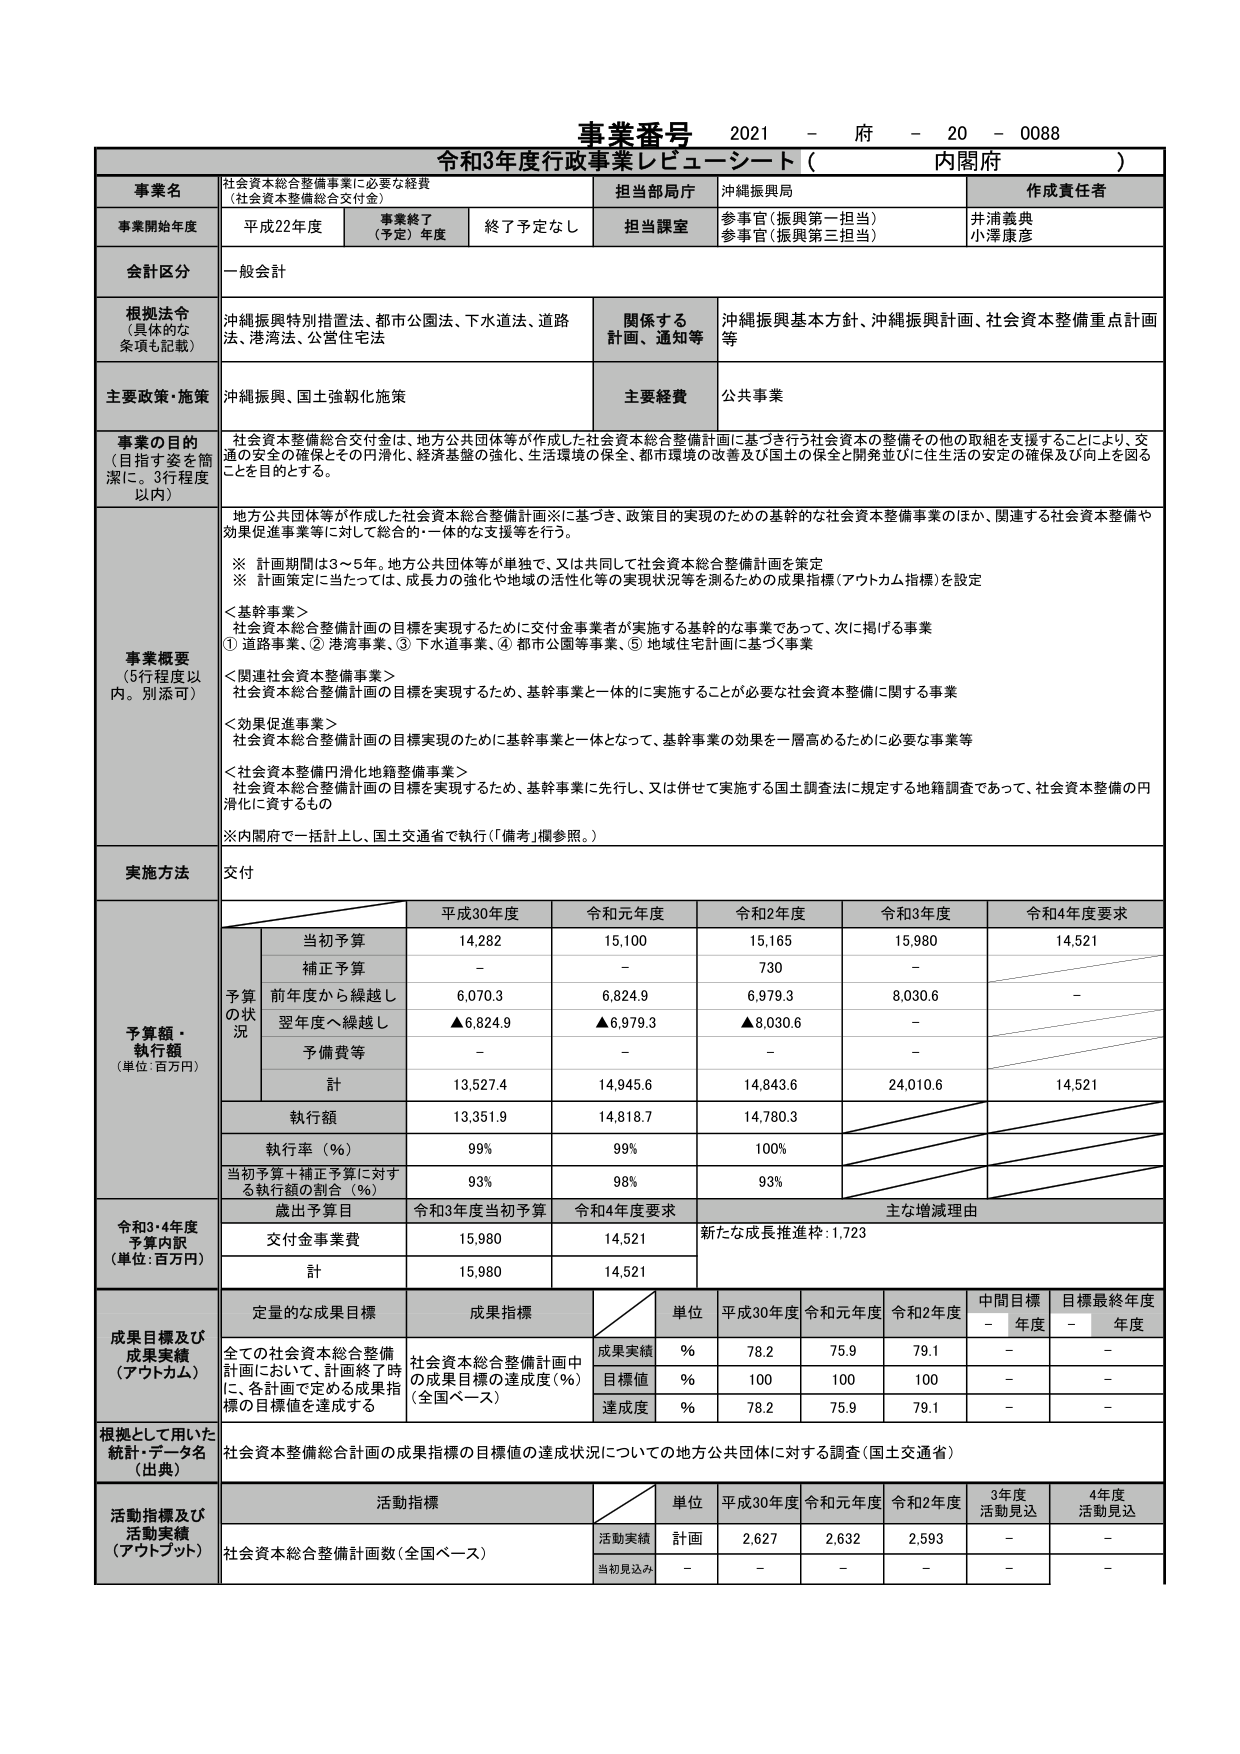
事業番号 2021 - 府 - 20 - 0088
令和3年度行政事業レビュー・シート（ 内閣府 ）

事業名
社会資本総合整備事業に必要な経費
（社会資本整備総合交付金）

担当部局庁
沖縄振興局

作成責任者
井浦義典
小澤康彦

事業開始年度
平成22年度
事業終了（予定）年度
終了予定なし
担当課室
参事官（振興第一担当）
参事官（振興第三担当）

会計区分
一般会計

根拠法令（具体的な条項も記載）
沖縄振興特別措置法、都市公園法、下水道法、道路法、港湾法、公営住宅法

関係する計画、通知等
沖縄振興基本方針、沖縄振興計画、社会資本整備重点計画等

主要政策・施策
沖縄振興、国土強靭化施策

主要経費
公共事業

事業の目的（目指す姿を簡潔に。3行程度以内）
社会資本整備総合交付金は、地方公共団体等が作成した社会資本総合整備計画に基づき行う社会資本の整備その他の取組を支援することにより、交通の安全の確保とその円滑化、経済基盤の強化、生活環境の保全、都市環境の改善及び国土の保全と開発並びに住生活の安定の確保及び向上を図ることを目的とする。

事業概要（5行程度以内。別添可）
地方公共団体等が作成した社会資本総合整備計画※に基づき、政策目的実現のための基幹的な社会資本整備事業のほか、関連する社会資本整備や効果促進事業等に対して総合的・一体的な支援等を行う。

※ 計画期間は3～5年。地方公共団体等が単独で、又は共同して社会資本総合整備計画を策定
※ 計画策定に当たっては、成長力の強化や地域の活性化等の実現状況等を測るための成果指標（アウトカム指標）を設定

＜基幹事業＞
社会資本総合整備計画の目標を実現するために交付金事業者が実施する基幹的な事業であって、次に掲げる事業
① 道路事業、② 港湾事業、③ 下水道事業、④ 都市公園等事業、⑤ 地域住宅計画に基づく事業

＜関連社会資本整備事業＞
社会資本総合整備計画の目標を実現するため、基幹事業と一体的に実施することが必要な社会資本整備に関する事業

＜効果促進事業＞
社会資本総合整備計画の目標実現のために基幹事業と一体となって、基幹事業の効果を一層高めるために必要な事業等

＜社会資本整備円滑化地籍整備事業＞
社会資本総合整備計画の目標を実現するため、基幹事業に先行し、又は併せて実施する国土調査法に規定する地籍調査であって、社会資本整備の円滑化に資するもの

※内閣府で一括計上し、国土交通省で執行（「備考」欄参照。）

実施方法
交付

予算額・執行額（単位：百万円）
予算の状況
平成30年度 令和元年度 令和2年度 令和3年度 令和4年度要求
当初予算 14,282 15,100 15,165 15,980 14,521
補正予算 - - 730 -
前年度から繰越し 6,070.3 6,824.9 6,979.3 8,030.6 -
翌年度へ繰越し ▲6,824.9 ▲6,979.3 ▲8,030.6 -
予備費等 - - - -
計 13,527.4 14,945.6 14,843.6 24,010.6 14,521
執行額 13,351.9 14,818.7 14,780.3
執行率（％） 99% 99% 100%
当初予算＋補正予算に対する執行額の割合（％） 93% 98% 93%

令和3・4年度予算内訳（単位：百万円）
歳出予算目 令和3年度当初予算 令和4年度要求 主な増減理由
交付金事業費 15,980 14,521 新たな成長推進枠：1,723
計 15,980 14,521

成果目標及び成果実績（アウトカム）
定量的な成果目標 成果指標 単位 平成30年度 令和元年度 令和2年度 中間目標年度 目標最終年度年度
全ての社会資本総合整備計画において、計画終了時に、各計画で定める成果指標の目標値を達成する
社会資本総合整備計画中の成果目標の達成度（％）（全国ベース）
成果実績 ％ 78.2 75.9 79.1 - -
目標値 ％ 100 100 100 - -
達成度 ％ 78.2 75.9 79.1 - -

根拠として用いた統計・データ名（出典）
社会資本整備総合計画の成果指標の目標値の達成状況についての地方公共団体に対する調査（国土交通省）

活動指標及び活動実績（アウトプット）
活動指標 単位 平成30年度 令和元年度 令和2年度 3年度活動見込 4年度活動見込
社会資本総合整備計画数（全国ベース）
活動実績 計画 2,627 2,632 2,593 - -
当初見込み - - - - -